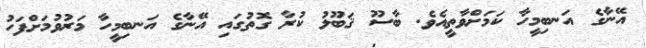
އޭނާގެ އަނބިމީހާ ކަމަށްވާތީއެވެ. ބާސޫ ޤަބޫލު ކުރާ ގޮތުގައި އޭނާގެ އަނބިމީހާ މަރުވުމަށްފަހު